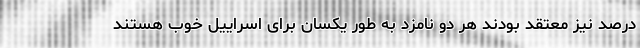
درصد نیز معتقد بودند هر دو نامزد به طور یکسان برای اسراییل خوب هستند